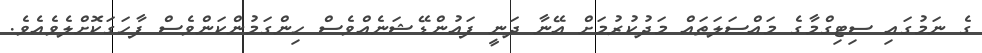
ގެ ނަމުގައި ސިޓިގްމާގެ މައްސަލަތައް މަދުކުރުމަށް އޭނާ ދަނީ ފައުންޑޭޝަނެއްވެސް ހިންގަމުންކަންވެސް ފާހަގަކޮށްލެވެއެވެ.